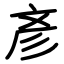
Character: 彥